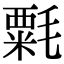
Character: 𣯼